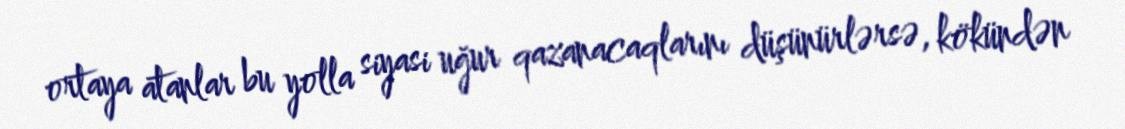
ortaya atanlar bu yolla siyasi uğur qazanacaqlarını düşünürlərsə, kökündən